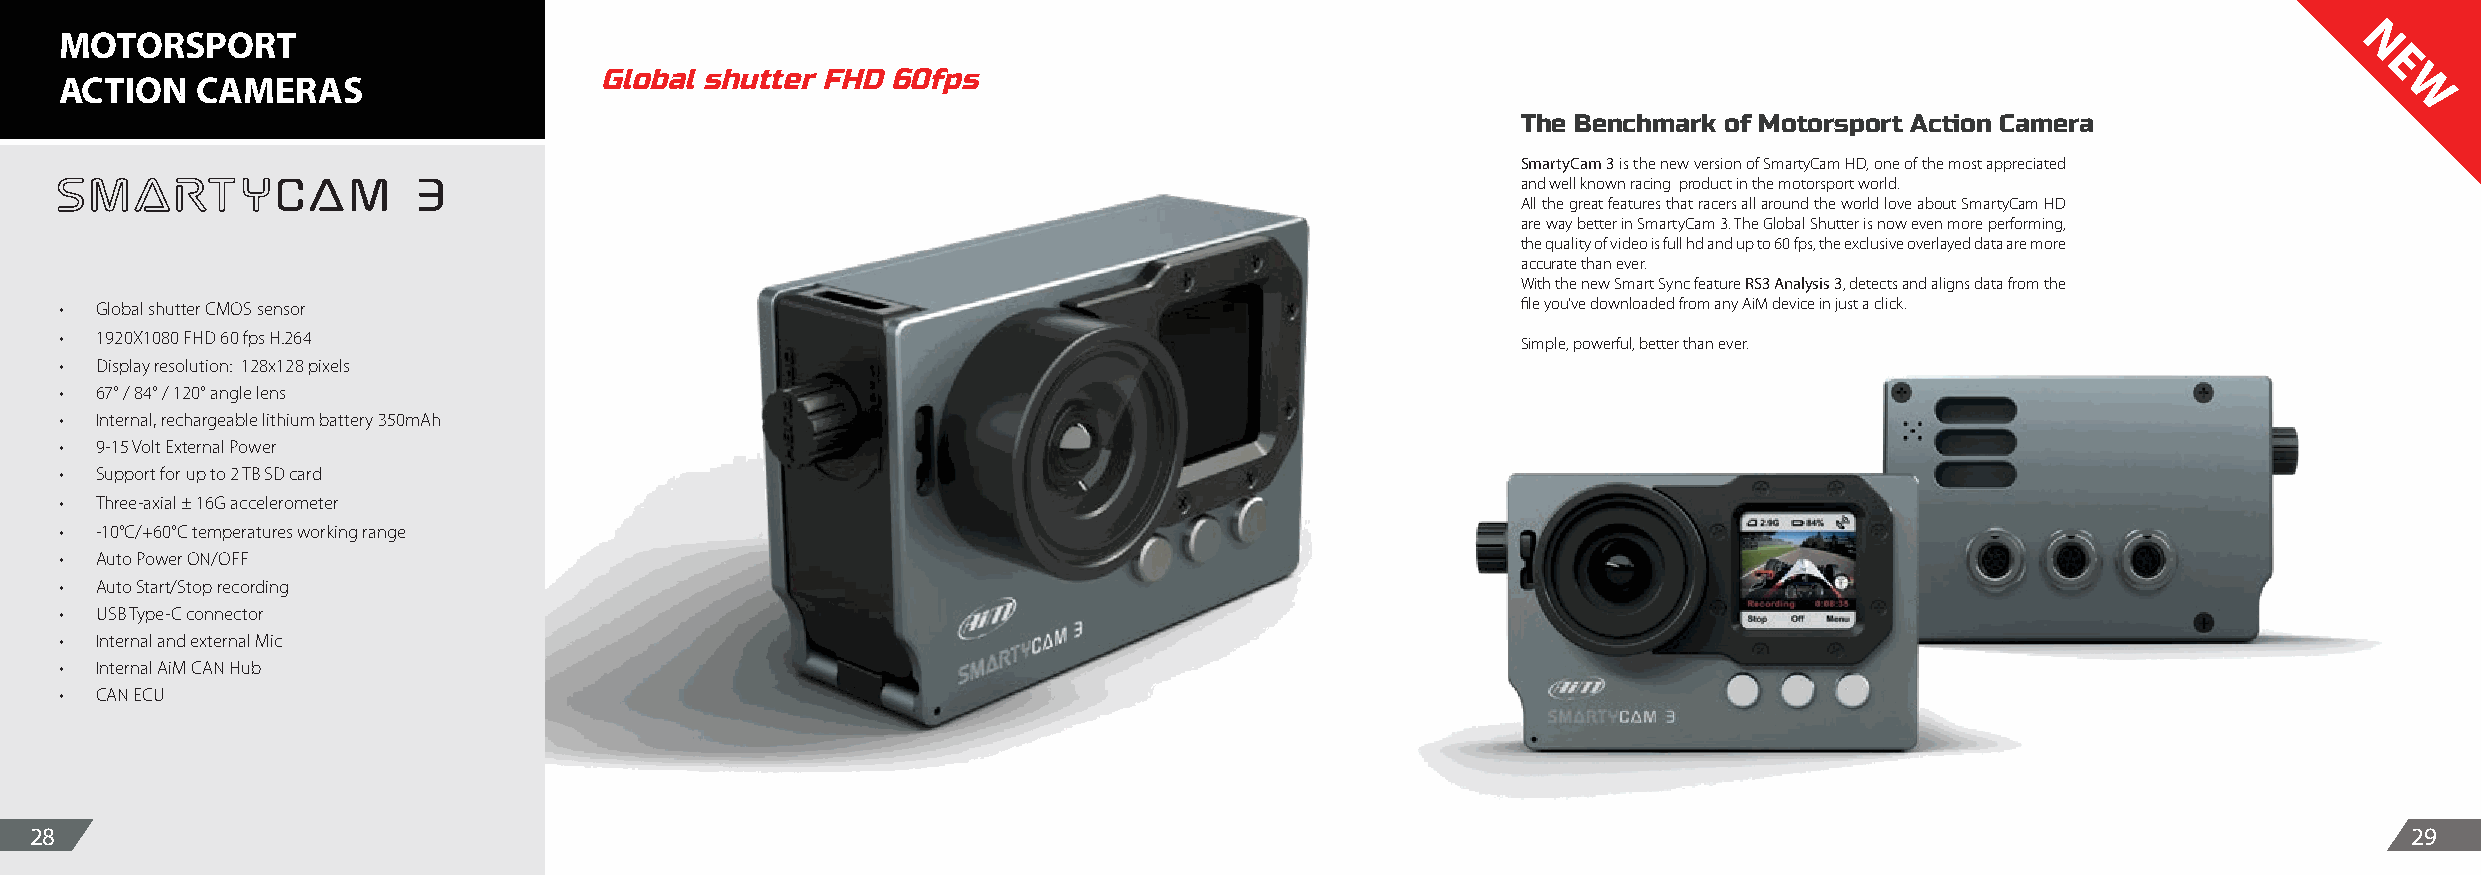
MOTORSPORT
 N
 E
 ACTION   CAMERAS                    GGlloobbaall sshhuutttteerr FFHHDD 6600ffppss
 W
 The Benchmark of Motorsport Action Camera
 SmartyCam 3 is the new version of SmartyCam HD, one of the most appreciated
 and well known racing product in the motorsport world.
 All the great features that racers all around the world love about SmartyCam HD
 are way better in SmartyCam 3. The Global Shutter is now even more performing,
 the quality of video is full hd and up to 60 fps, the exclusive overlayed data are more
 accurate than ever.
 With the new Smart Sync feature RS3 Analysis 3, detects and aligns data from the
 • Global shutter CMOS sensor                                                                     file you’ve downloaded from any AiM device in just a click.
 • 1920X1080 FHD 60 fps H.264                                                                     Simple, powerful, better than ever.
 • Display resolution: 128x128 pixels
 • 67° / 84° / 120° angle lens
 • Internal, rechargeable lithium battery 350mAh
 • 9-15 Volt External Power
 • Support for up to 2 TB SD card
 • Three-axial ± 16G accelerometer
 • -10°C/+60°C temperatures working range
 • Auto Power ON/OFF
 • Auto Start/Stop recording
 • USB Type-C connector
 • Internal and external Mic
 • Internal AiM CAN Hub
 • CAN ECU
 28                                                                                                                                                            29